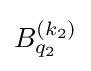
B_{q_{2}}^{(k_{2})}